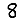
Digit: 8